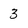
Character: 3